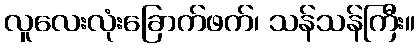
လူလေးလုံးခြောက်ဖက်၊ သန်သန်ကြီး။